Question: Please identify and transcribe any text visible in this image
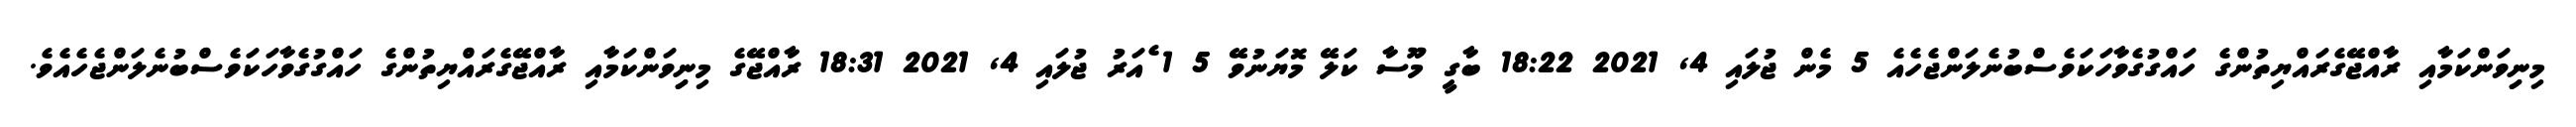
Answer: މިނިިވަންކަމާއި ރާއްޖޭގެރައްޔިތުންގެ ހައްގުގެވާހަކަވެސްބުނެލަންޖެހެއެ 5 މެން ޖުލައި 4, 2021 18:22 ބާގީ މޫސާ ކަލޭ މޮޔަނުވޭ 5 1 ެއަރު ޖުލައި 4, 2021 18:31 ރާއްޖޭގެ މިނިިވަންކަމާއި ރާއްޖޭގެރައްޔިތުންގެ ހައްގުގެވާހަކަވެސްބުނެލަންޖެހެއެވެ.